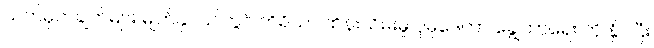
သတ်မှတ်ချက်များ မျက်နှာပြင်တွင် ကိရိယာ ထိန်းသိမ်းမှု ပိုမိုဒေတာ ချွေတာရေး ကို နှိပ်ပြီး